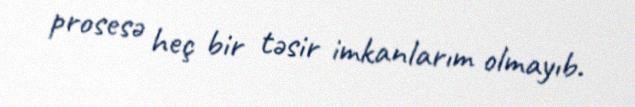
prosesə heç bir təsir imkanlarım olmayıb.